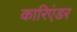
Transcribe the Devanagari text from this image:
कारिएंडर